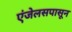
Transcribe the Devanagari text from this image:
एंजेलसपासून